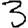
Digit: 3